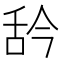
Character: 𦧈